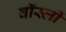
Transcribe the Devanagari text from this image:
वॉर्स्ली